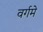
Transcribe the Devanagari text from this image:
वर्गमे